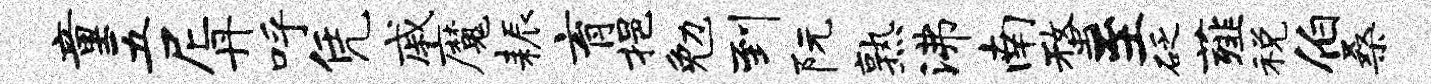
童五尼丹呼凭戚魔耨育挹勉到阮熟沸南蝥至砭薤税伯桑